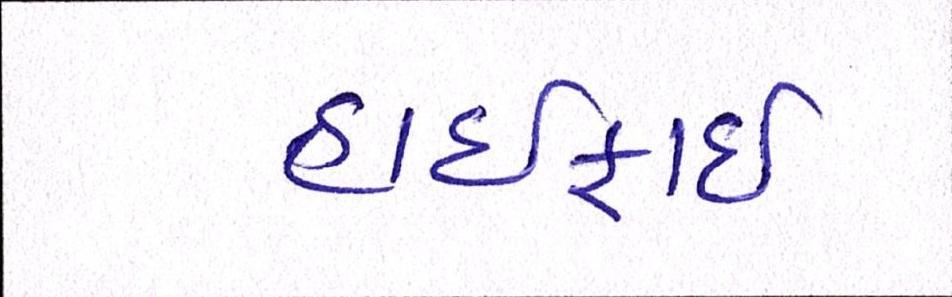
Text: હાઈફાઈ